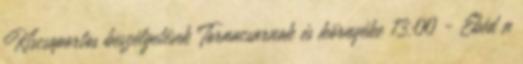
Kiscsoportos beszélgetések Tornacsarnok és környéke 13:00 - Ebéd a